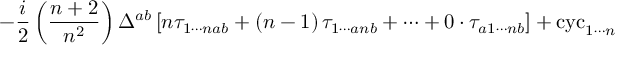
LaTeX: - \frac { i } { 2 } \left( \frac { n + 2 } { n ^ { 2 } } \right) \Delta ^ { a b } \left[ n \tau _ { 1 \cdots n a b } + \left( n - 1 \right) \tau _ { 1 \cdots a n b } + \cdots + 0 \cdot \tau _ { a 1 \cdots n b } \right] + \mathrm { c y c } _ { 1 \cdots n }